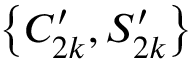
\big \{ C _ { 2 k } ^ { \prime } , S _ { 2 k } ^ { \prime } \big \}